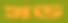
সউ